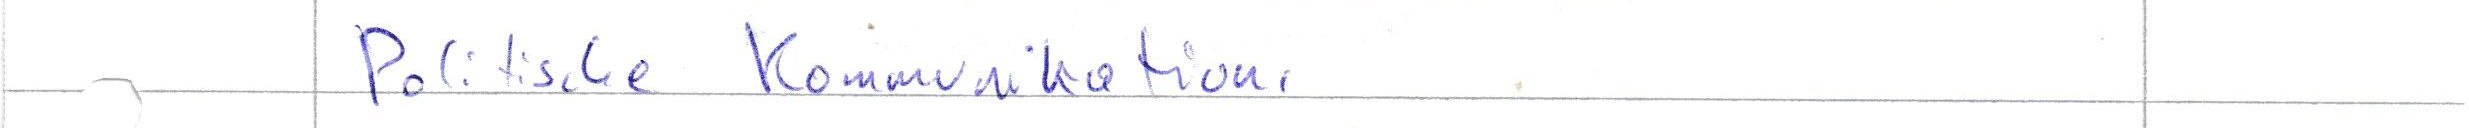
Politische Kommunikation